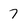
Character: 7